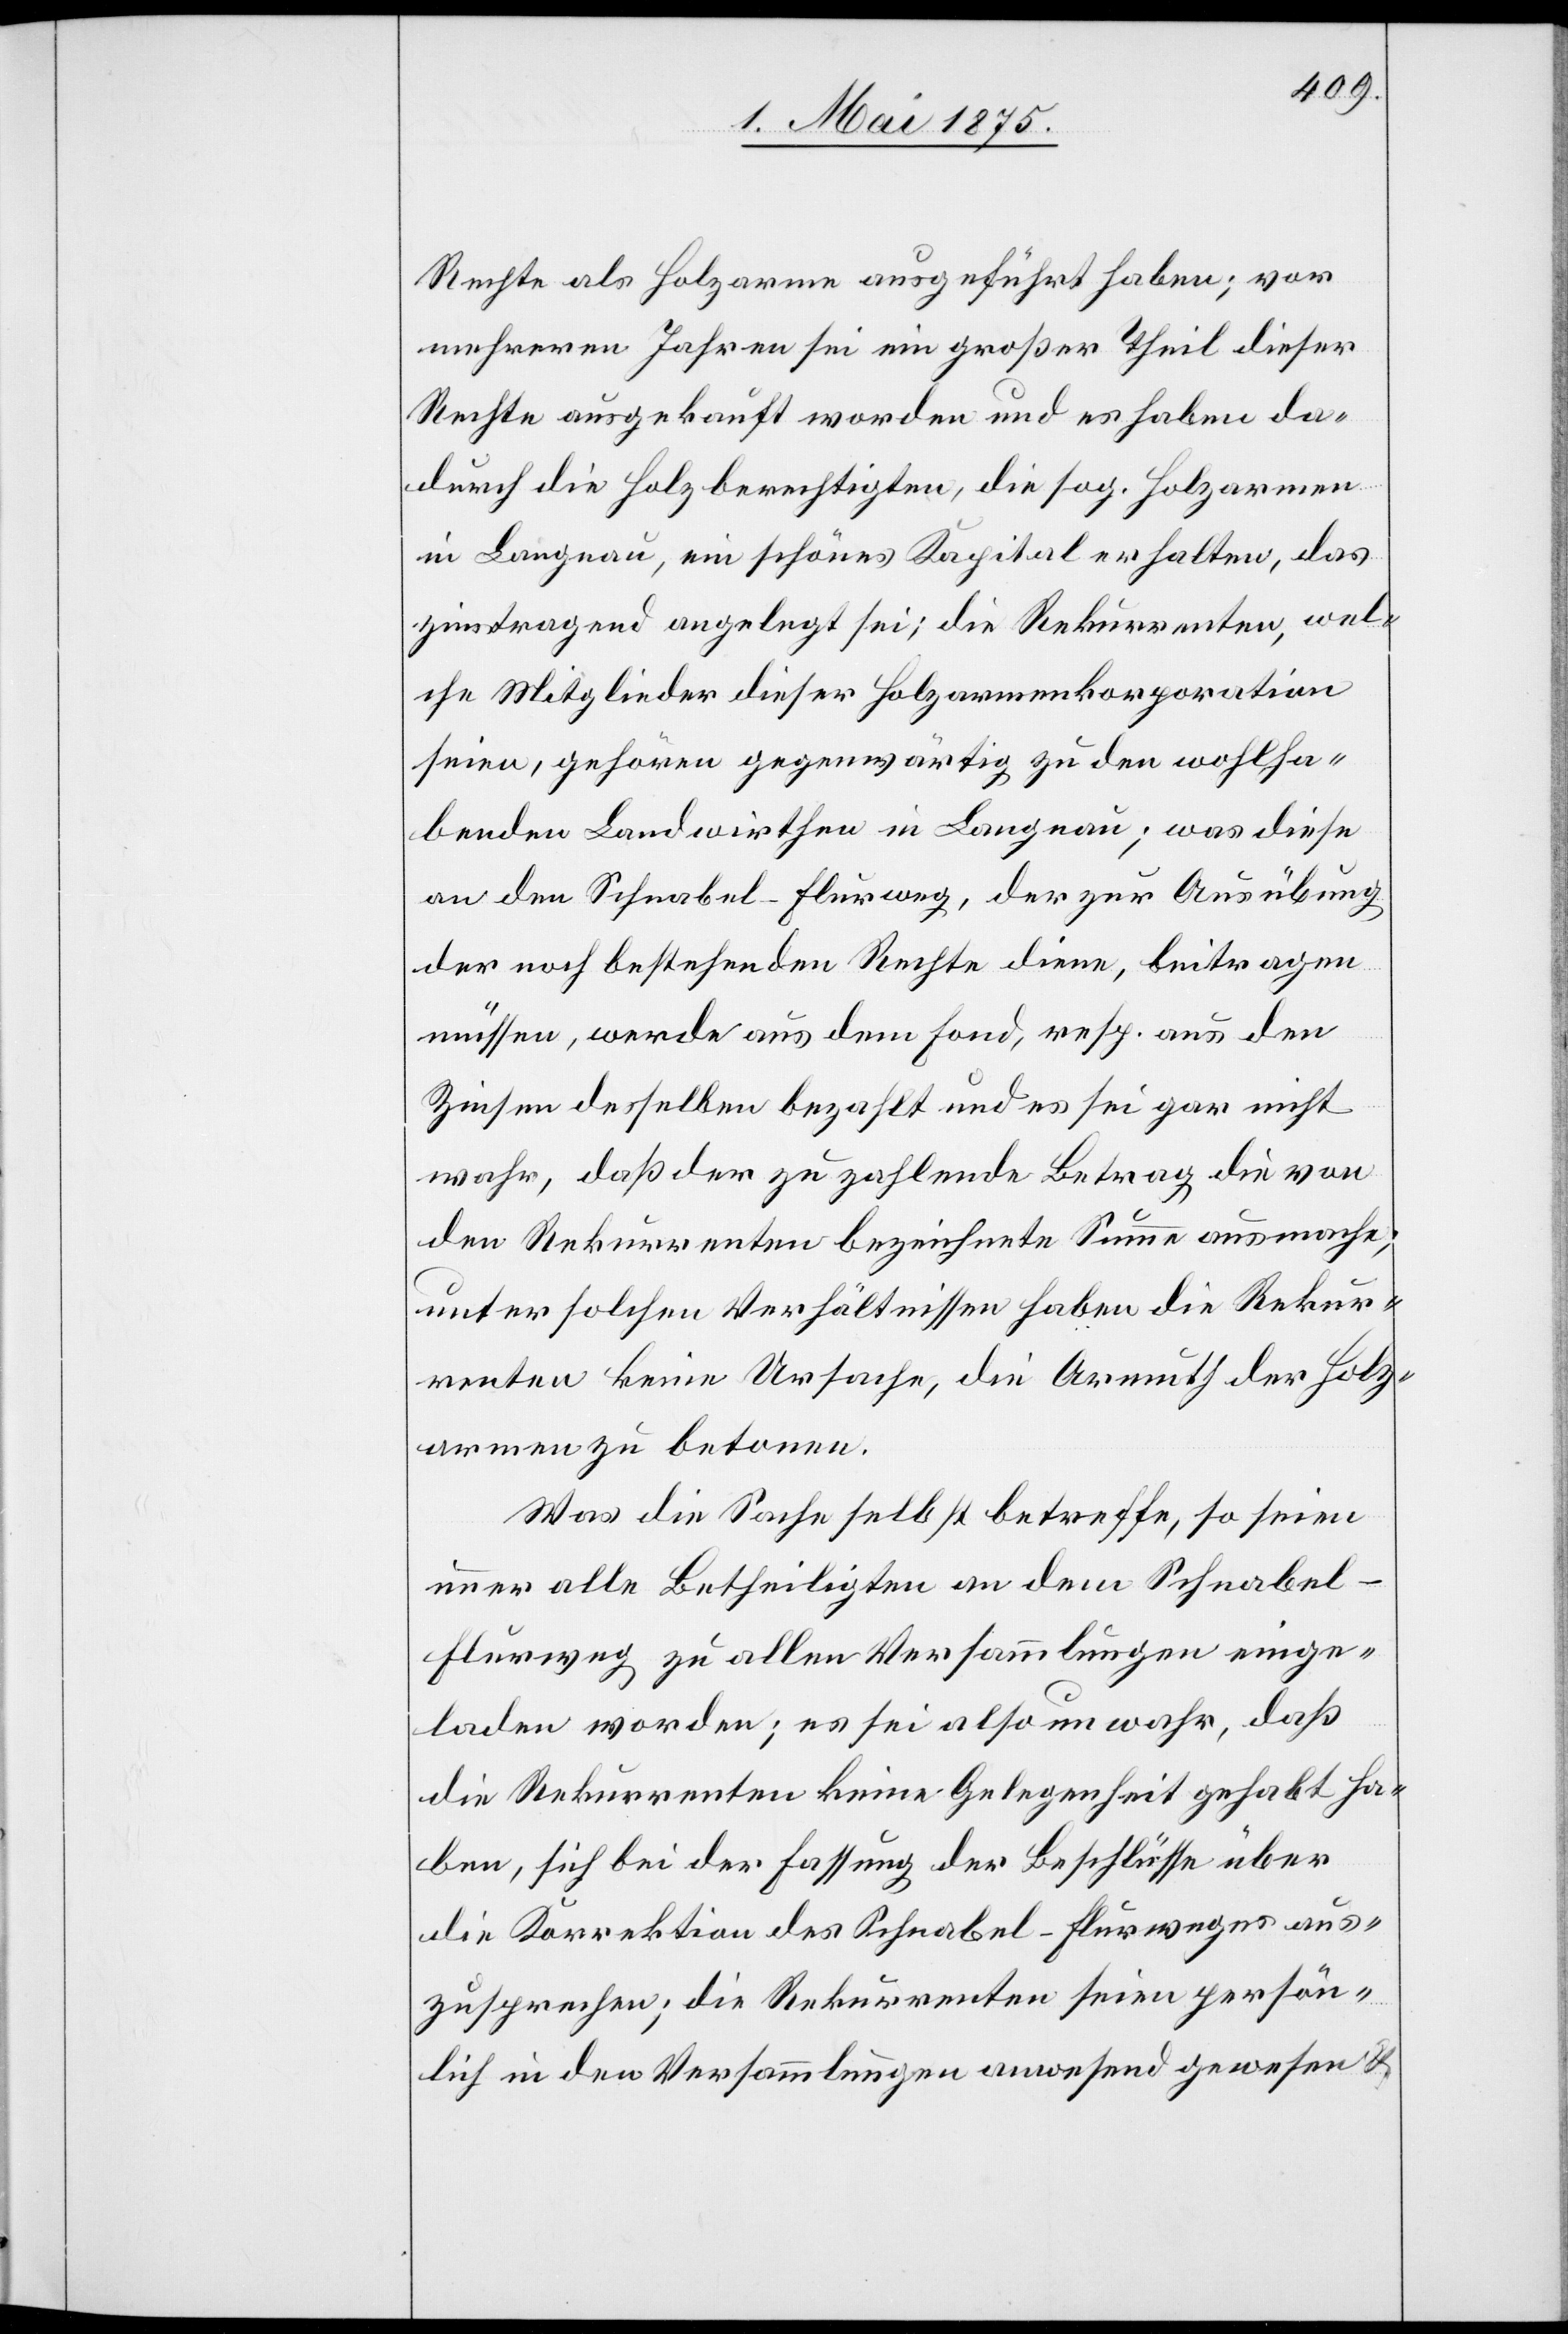
Rechte als Holzarme ausgeführt haben; vor
mehreren Jahren sei ein großer Theil dieser
Rechte ausgekauft worden und es haben da¬
durch die Holzberechtigten, die sog. Holzarmen
in Langnau, ein schönes Kapital erhalten, das
zinstragend angelegt sei; die Rekurrenten, wel¬
che Mitglieder dieser Holzarmenkorporation
seien, gehören gegenwärtig zu den wohlha¬
benden Landwirthen in Langnau; was diese
an den Schnabel-Flurweg, der zur Ausübung
der noch bestehenden Rechten diene, beitragen
müssen, werde aus dem Fond, resp. aus den
Zinsen desselben bezahlt und es sei gar nicht
wahr, daß der zu zahlende Betrag die von
den Rekurrenten bezeichnete Summe ausmache;
unter solchen Verhältnissen haben die Rekur¬
renten keine Ursache, die Armuth der Holz¬
armen zu betonen.
Was die Sache selbst betreffe, so seien
immer alle Beteiligten an dem Schnabel-F¬
lurweg zu allen Versammlungen einge¬
laden worden; es sei also unwahr, daß
die Rekurrenten keine Gelegenheit gehabt ha¬
ben, sich bei der Fassung der Beschlüsse über
die Korrektion des Schabel-Flurweges aus¬
zusprechen; die Rekurrenten seien persön¬
lich in den Versammlungen anwesend gewesen &